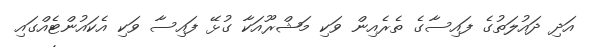
އަދި ދައުލަތުގެ ފައިސާގެ ތެރެއިން ވަކި މަޝްރޫއަކާ ގުޅޭ ފައިސާ ވަކި އެކައުންޓެއްގައި